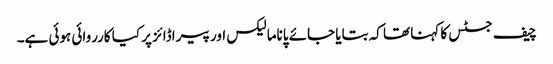
چیف جسٹس کا کہنا تھا کہ بتایا جائے پاناما لیکس اور پیراڈائز پر کیا کارروائی ہوئی ہے۔